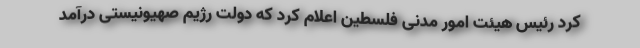
کرد رئیس هیئت امور مدنی فلسطین اعلام کرد که دولت رژیم صهیونیستی درآمد